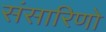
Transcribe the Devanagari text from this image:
संसारिणो